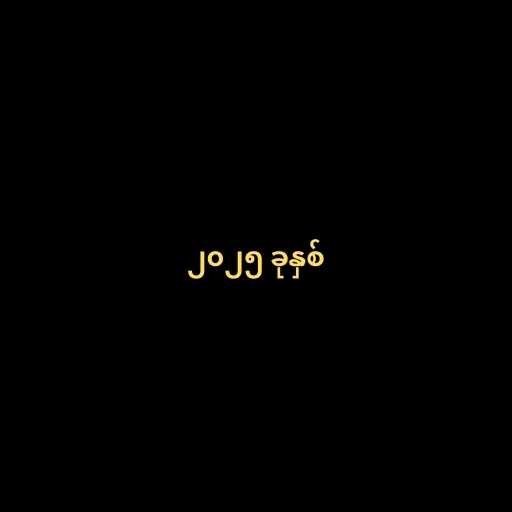
၂၀၂၅ ခုနှစ်